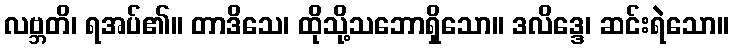
လဗ္ဘတိ၊ ရအပ်၏။ တာဒိသေ၊ ထိုသို့သဘောရှိသော။ ဒလိဒ္ဒေ၊ ဆင်းရဲသော။